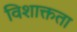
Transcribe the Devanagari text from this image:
विशाक्तता